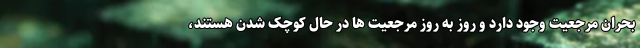
بحران مرجعیت وجود دارد و روز به روز مرجعیت ها در حال کوچک شدن هستند،